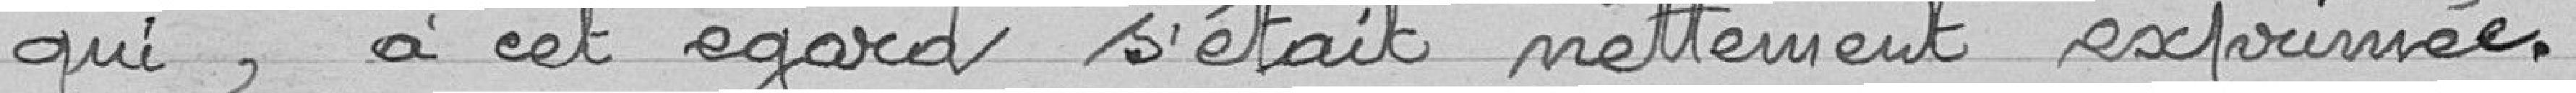
qui, à cet égard s'était nettement exprimée.